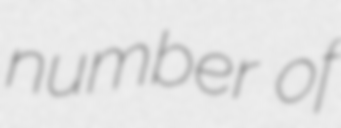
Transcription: number of